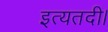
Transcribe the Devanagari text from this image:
इत्यतदी।